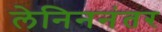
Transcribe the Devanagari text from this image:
लेनिननंतर